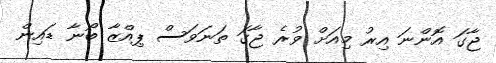
ޖާގަ އޮންނަ އިރު މިއަށް ވުރެ ޖާގަ ތަނަވަސް ޕިއްޒާ ބޯނާ ޑައިން